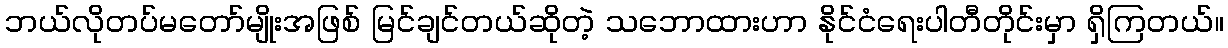
ဘယ်လိုတပ်မတော်မျိုးအဖြစ် မြင်ချင်တယ်ဆိုတဲ့ သဘောထားဟာ နိုင်ငံရေးပါတီတိုင်းမှာ ရှိကြတယ်။